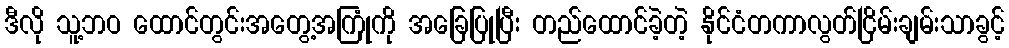
ဒီလို သူ့ဘဝ ထောင်တွင်းအတွေ့အကြုံကို အခြေပြုပြီး တည်ထောင်ခဲ့တဲ့ နိုင်ငံတကာလွတ်ငြိမ်းချမ်းသာခွင့်